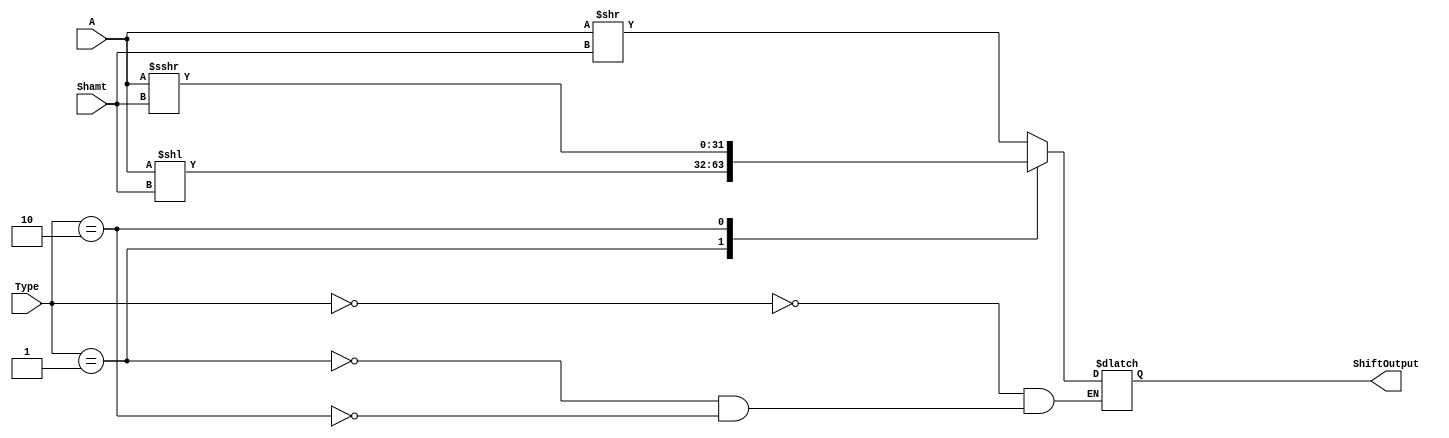
`timescale 1ns / 1ps

/*******************************************************************
*
* Module: Shift.v
* Project: Milestone 2
          Omar Bahgat omar_bahgat@aucegypt.edu
* Description: Shifter
*
* Change history: 
**********************************************************************/


module Shift(
    input [31:0] A, 
    input [4:0] Shamt, 
    input [1:0] Type, 
    output reg [31:0] ShiftOutput
    );
    always @(*) begin
        case(Type)
         2'b00: ShiftOutput = A >> Shamt;   //SRL
         2'b01: ShiftOutput = A << Shamt;   //SLL
         2'b10: ShiftOutput = A >>> Shamt;  //SRA
        endcase
    end
endmodule